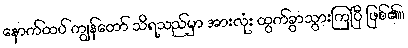
နောက်ထပ် ကျွန်တော် သိရသည်မှာ အားလုံး ထွက်ခွာသွားကြပြီ ဖြစ်၏။